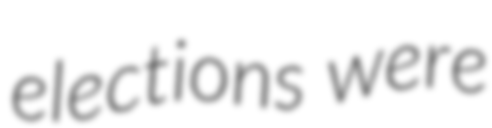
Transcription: elections were